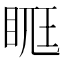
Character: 𥆦